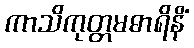
ကာသိကုတ္တမဓာရိနိံ